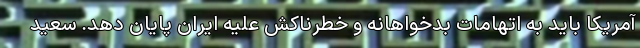
آمریکا باید به اتهامات بدخواهانه و خطرناکش علیه ایران پایان دهد. سعید